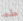
هذه